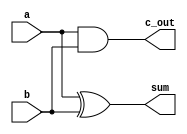
`timescale 1ns / 1ps

module half_adder(input a, b, output sum, c_out);

assign sum = a ^ b; // This part can be coded as
assign c_out = a & b; // assign {c_out, sum} = a + b;
endmodule